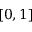
\left[ 0 , 1 \right]